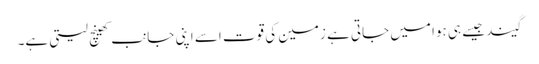
گیند جیسے ہی ہوا میں جاتی ہے زمین کی قوت اسے اپنی جانب کھینچ لیتی ہے۔